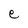
Character: e